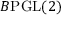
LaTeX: B { \mathrm { P G L } } ( 2 )